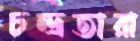
চন্দ্রতারা